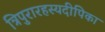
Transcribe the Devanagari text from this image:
त्रिपुरारहस्यदीपिका